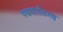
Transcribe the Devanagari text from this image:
पद्मवातीहरण